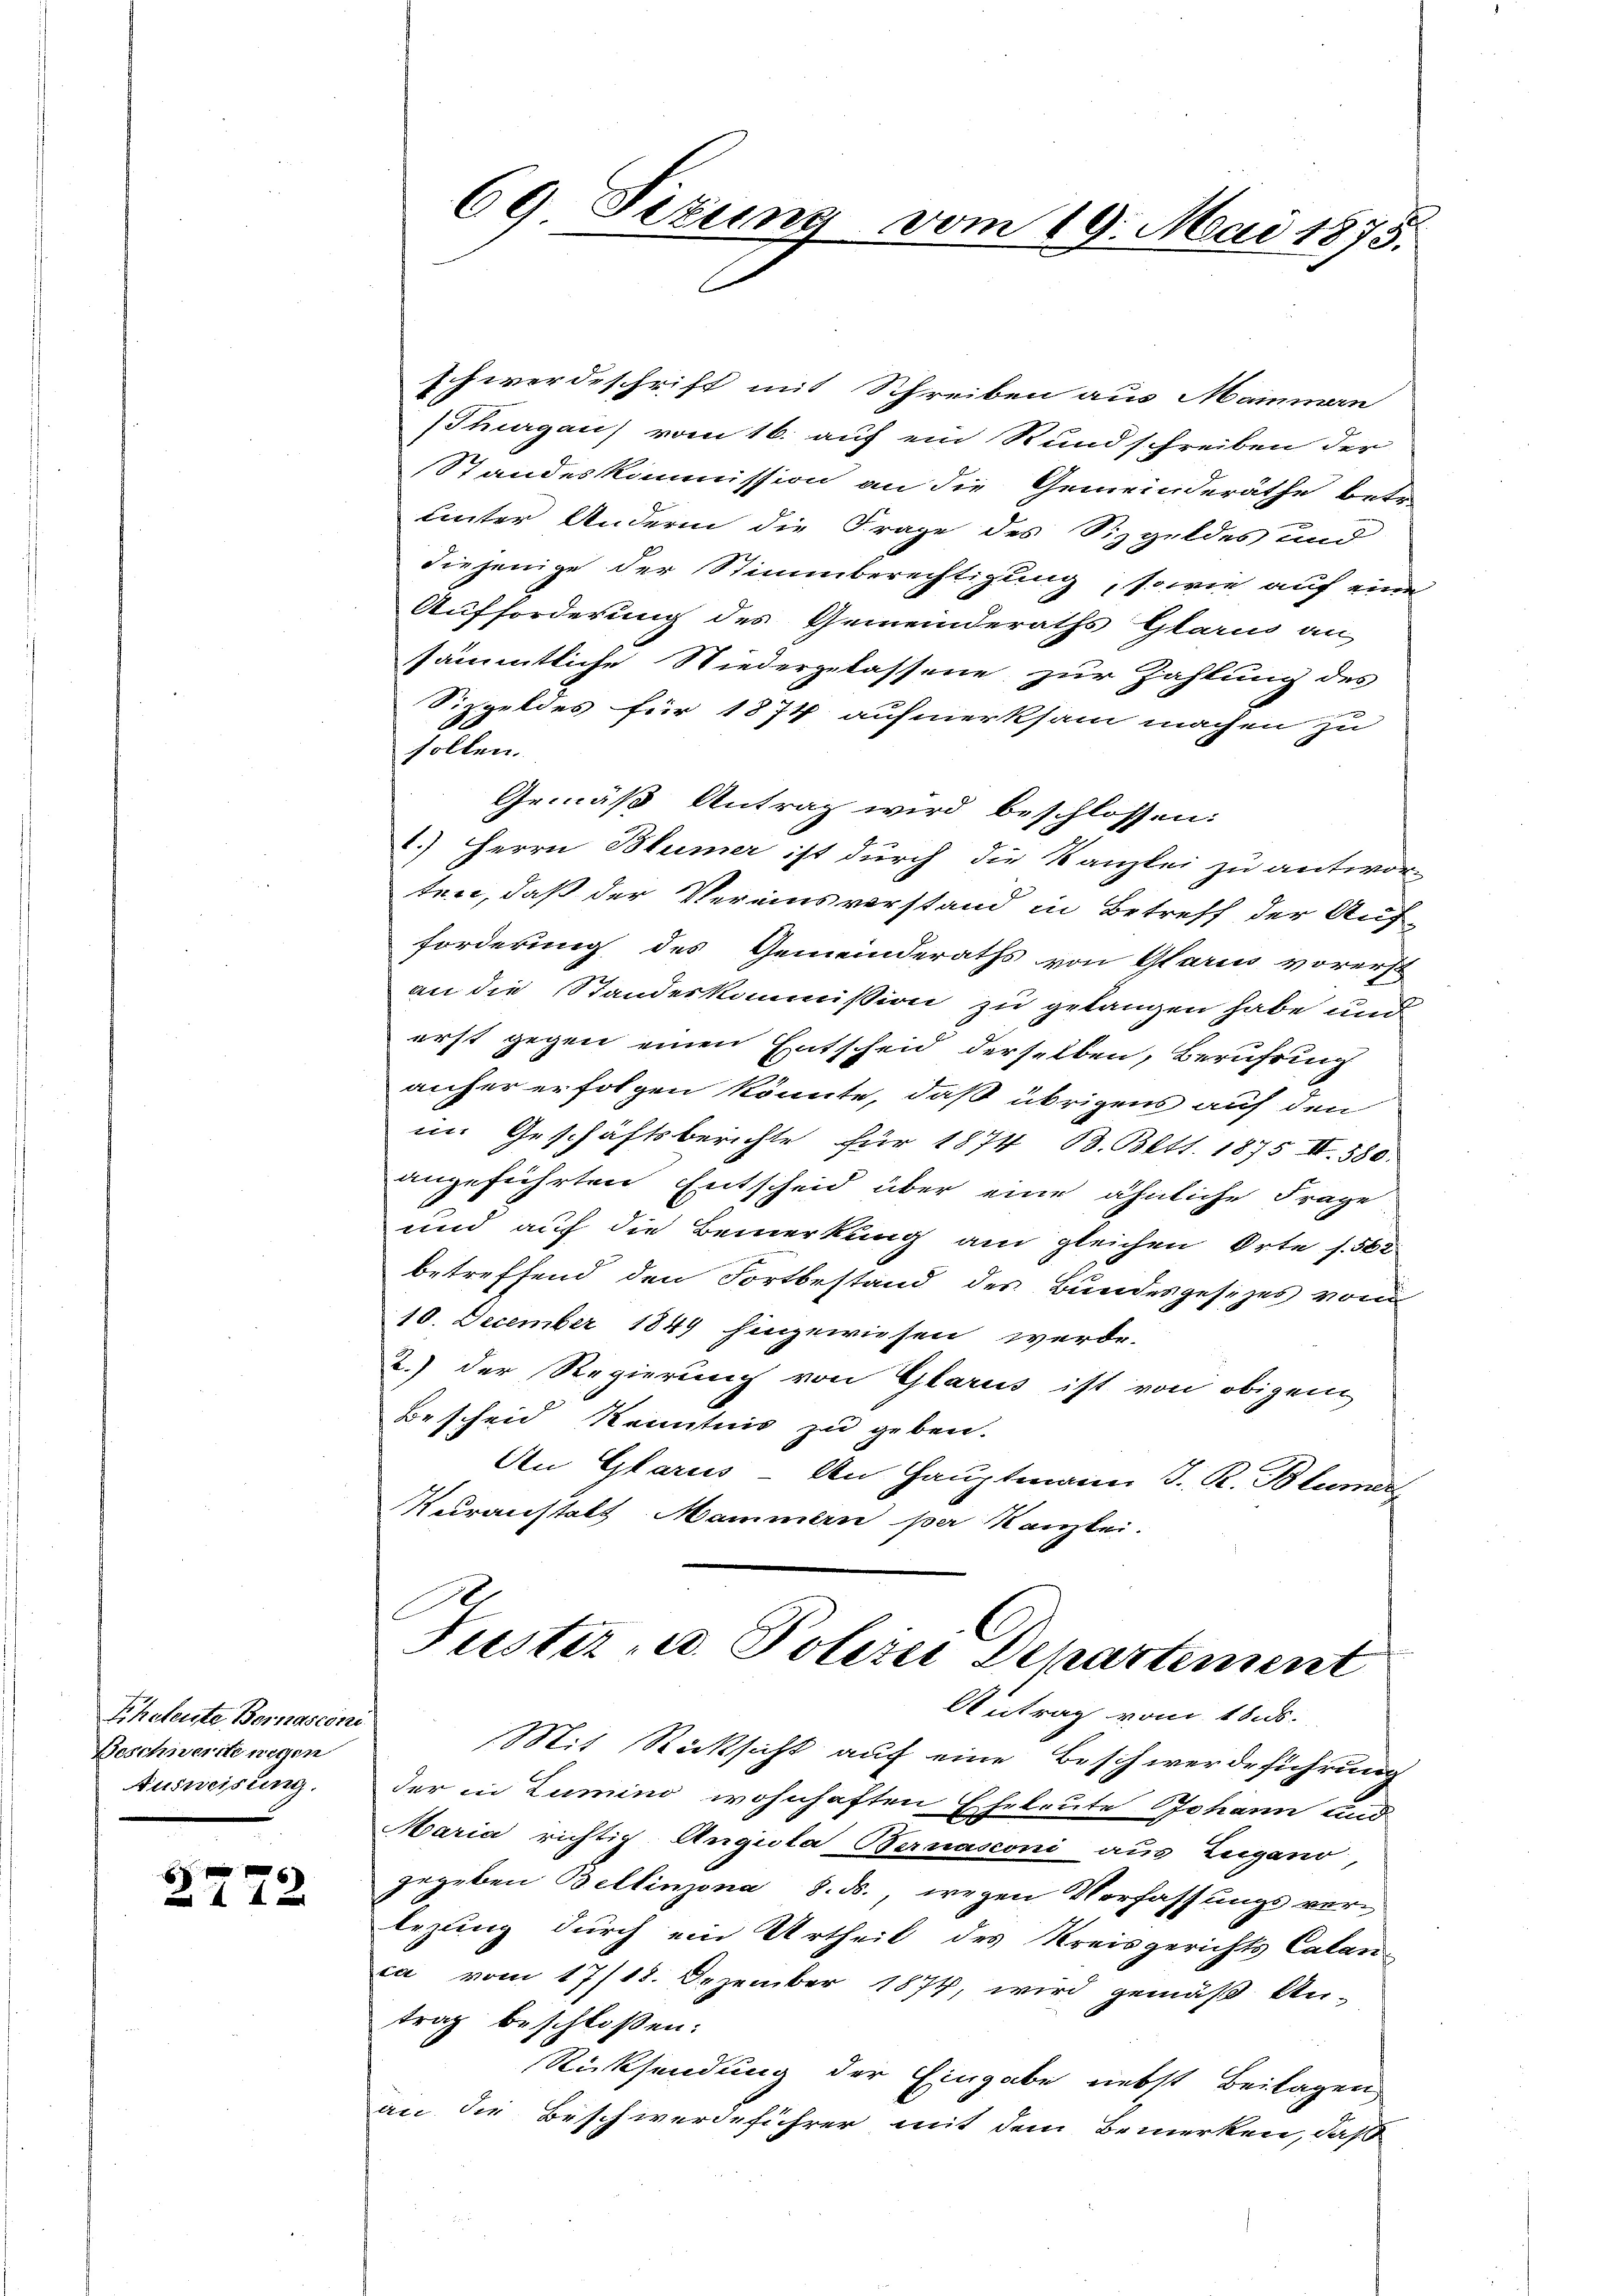
Schatente Bernasconi
Beschwerde wegen
Ausweisung.

2772.

Schwerdeschrift mit Schreiben aus Mammen
(Thurgau vom 16. auf ein Rundschreiben der
Standeskommission an die Gemeinderäthe betr.
uinter Andern die Frage des Sizgeldes und
diejenige der Stimmberechtigung, sowie auf eine
Aufforderung des Gemeinderaths Glarus an
sämmtliche Niedergelassene zur Zahlung des
Sizgeldes für 1874 aufmerksam machen zu
sollen.
Gemäß Antrag wird beschlossen:
1.) Herrn Blümer ist durch die Kanzlei zu antwor
ten, daß der Vereinsverstand in Betreff der Aufforderung des Gemeinderaths von Glarii vorerst
an die Standeskommission zu gelangen habe und
erst gegen einen Entscheid derselben, Berührung
anher erfolgen könnte, daß übrigens auf den
in Geschäftsberichte für 1874 13. Bett. 1875 II. 380.
angeführten Entscheid über eine ähnliche Frage
und auf die Bemerkung am gleichen Orte s. 562
betreffend den Fortbestand des Bundesgesezes vom
10. December 1849 hingewiesen werde.
2.) Der Regierung von Glarus ist von obigen
Bescheid Kenntnis zu geben.
An Glarus - An Hauptmann J. R. Blümer
Kuranstalt Mammern per Kanzlei.
Justiz- u. Polizei Departement
Antrag vom 18. ds.
Mit Rücksicht auf eine Beschwerdeführung
der in Zumino wohnhaften Eheleute Johann und
Maria richtig Angiola Bernasconi aus Zugano
gegeben Bellinzona 8. ds., wegen Verfassungsverlegung durch ein Urtheil des Kreisgerichts Calan
ca vom 17/18. Dezember 1874, wird gemäβ An-
trag beschloßen:
Rücksendung der Eingabe nebst Beilagen
an die Beschwerdeführer mit dem Bemerken, daß

69. Sizung vom 19. Mai 1875.